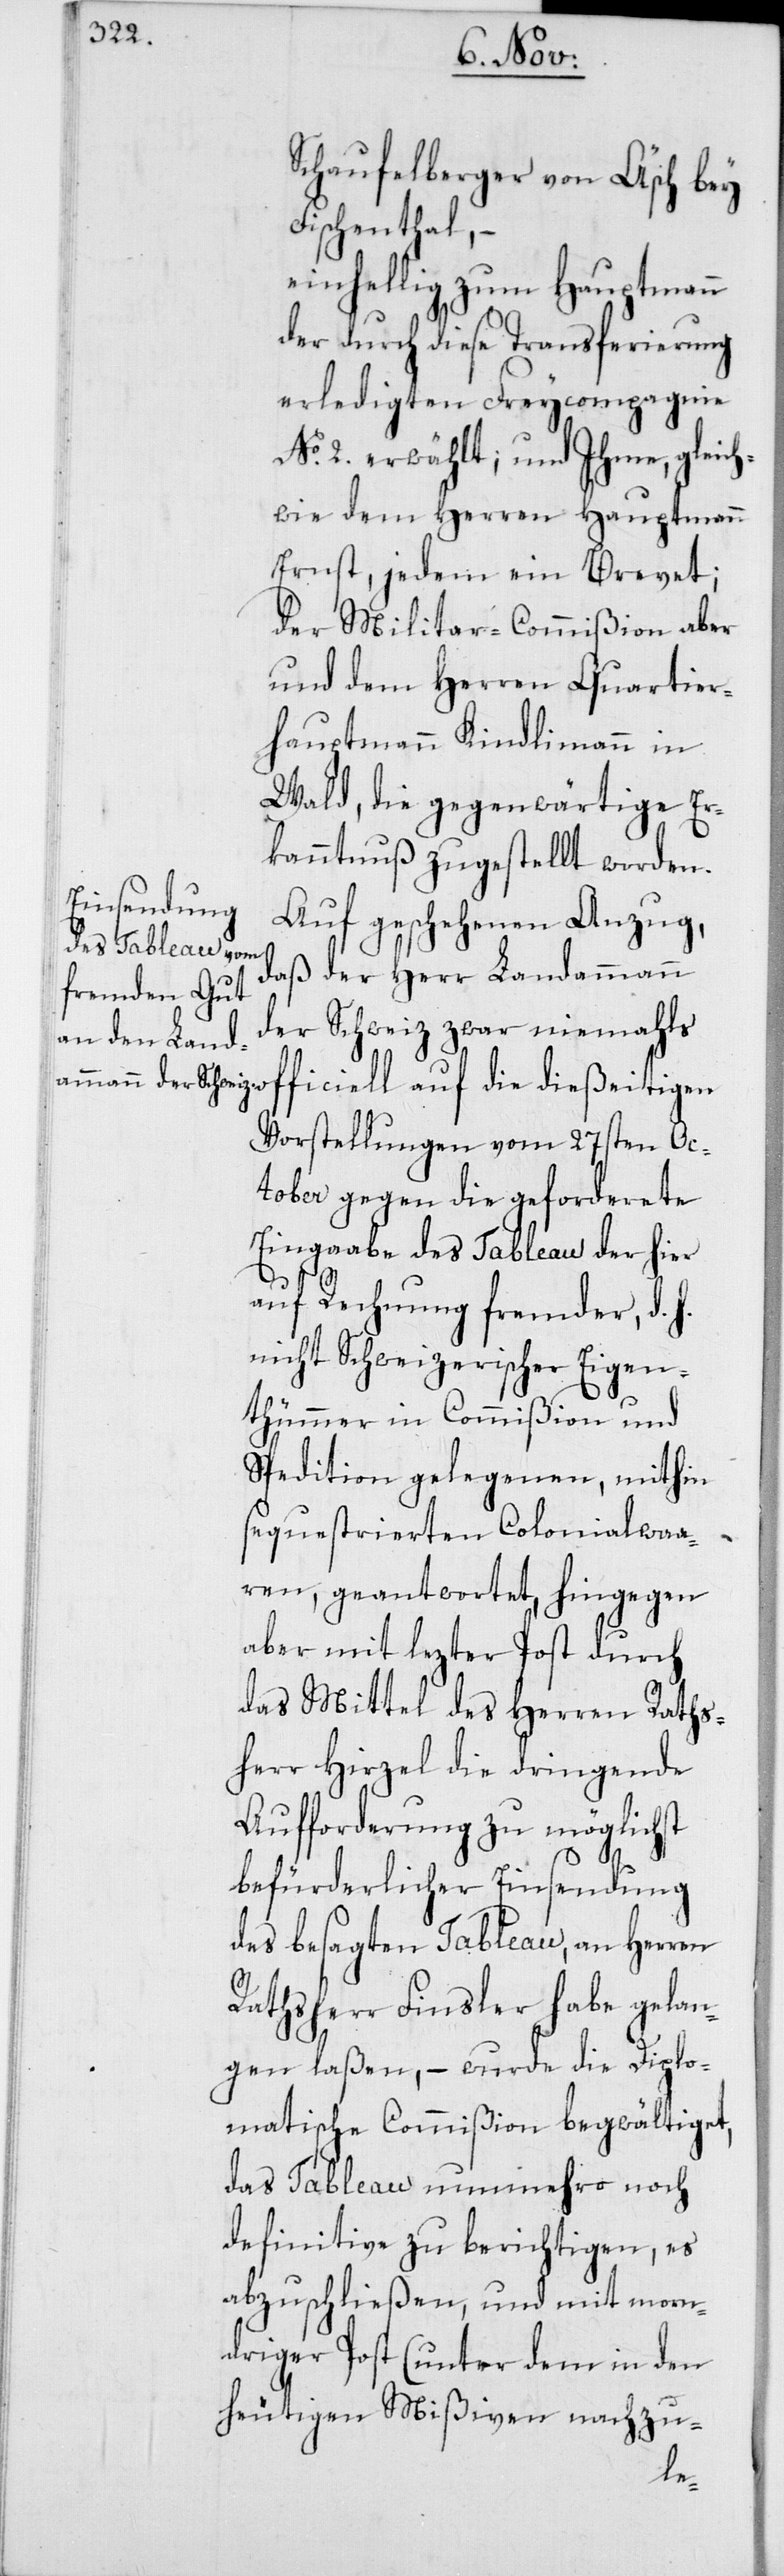
Schaufelberger von Äsch bey
Fischenthal, –
einhellig zum Hauptmann
der durch diese Transferierung
erledigten Freycompagnie
No 2. erwählt; und Ihme, gleich¬
wie dem Herren Hauptmann
Ernst, jedem ein Brevet;
der Militar-Commißion aber
und dem Herren Quartier¬
hauptmann Kindlimann in
Wald, die gegenwärtige Er¬
kanntnuß zugestellt worden.
Auf geschehenen Anzug,
daß der Herr Landammann
der Schweiz zwar niemahls
fficiell auf die dießeitigen
Vorstellungen vom 27sten Oc¬
tober gegen die geforderete
Eingaabe des Tableau der hier
o¬
auf Rechnung fremder, d. h.
nicht Schweizerischer Eigen¬
thümmer in Commißion und
Spedition gelegenen, mithin
sequestrierten Colonialwaa¬
ren, geantwortet, hingegen
aber mit lezter Post durch
das Mittel des Herren Raths¬
herr Hirzel die dringende
Aufforderung zu möglichst
befürderlicher Einsendung
des besagten Tableau, an Herren
Rathsherr Finsler habe gelan¬
gen laßen, – wurde die Diplo¬
matische Commißion begwältiget,
das Tableau nunmehro noch
definitive zu berichtigen, es
abzuschließen und mit morn¬
driger Post (unter dem in den
heutigen Mißiven nachzu-